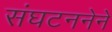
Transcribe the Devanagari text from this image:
संघटननेने